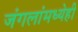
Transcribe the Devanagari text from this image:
जंगलांमध्येही